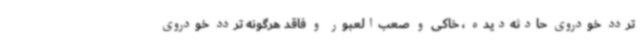
تردد خودروی حادثه‌دیده ، خاکی و صعب‌العبور و فاقد هرگونه تردد خودروی